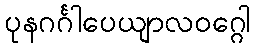
ပုနဂင်္ဂါပေယျာလဝဂ္ဂေါ